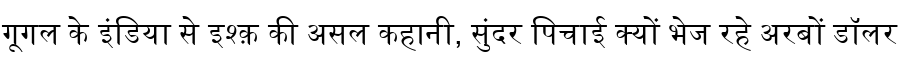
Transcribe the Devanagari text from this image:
गूगल के इंडिया से इश्क़ की असल कहानी, सुंदर पिचाई क्यों भेज रहे अरबों डॉलर